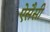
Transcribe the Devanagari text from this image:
ऐसैसी